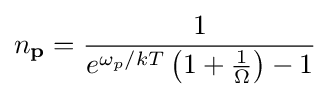
n_{\mathbf {p} }={1 \over e^{\omega _{p}/kT}\left(1+{1 \over \Omega }\right)-1}